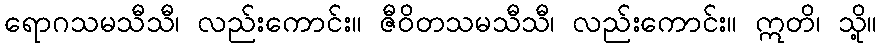
ရောဂသမသီသီ၊ လည်းကောင်း။ ဇီဝိတသမသီသီ၊ လည်းကောင်း။ ဣတိ၊ သို့။